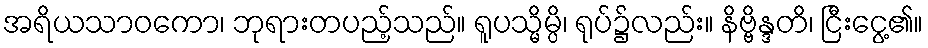
အရိယသာဝကော၊ ဘုရားတပည့်သည်။ ရူပသ္မိမ္ပိ၊ ရုပ်၌လည်း။ နိဗ္ဗိန္ဒတိ၊ ငြီးငွေ့၏။